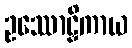
ဥဿောဠှိကာယ